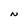
Character: N